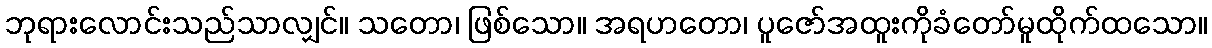
ဘုရားလောင်းသည်သာလျှင်။ သတော၊ ဖြစ်သော။ အရဟတော၊ ပူဇော်အထူးကိုခံတော်မူထိုက်ထသော။